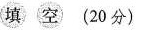
填 空 (20分)